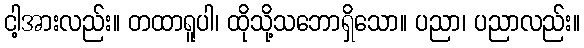
ငါ့အားလည်း။ တထာရူပါ၊ ထိုသို့သဘောရှိသော။ ပညာ၊ ပညာလည်း။